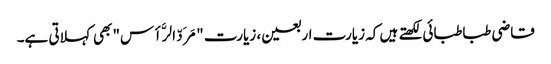
قاضی طباطبائی لکھتے ہیں کہ زیارت اربعین، زیارت "مَرَدّ الرَّأس" بھی کہلاتی ہے۔